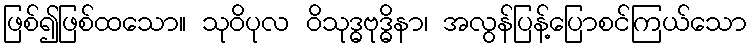
ဖြစ်၍ဖြစ်ထသော။ သုဝိပုလ ဝိသုဒ္ဓဗုဒ္ဓိနာ၊ အလွန်ပြန့်ပြောစင်ကြယ်သော